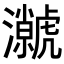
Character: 𭳳